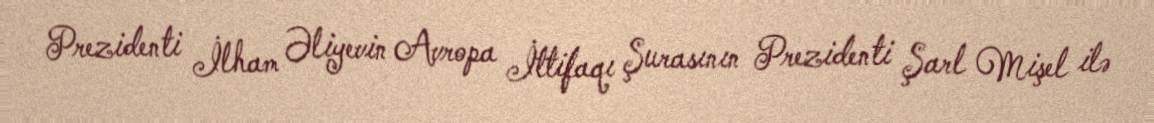
Prezidenti İlham Əliyevin Avropa İttifaqı Şurasının Prezidenti Şarl Mişel ilə